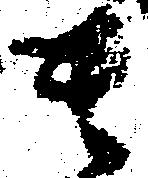
貴